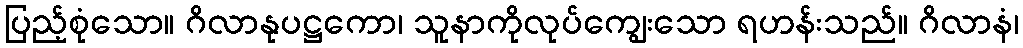
ပြည့်စုံသော။ ဂိလာနုပဋ္ဌကော၊ သူနာကိုလုပ်ကျွေးသော ရဟန်းသည်။ ဂိလာနံ၊